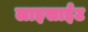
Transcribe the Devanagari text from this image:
लाइसाईट